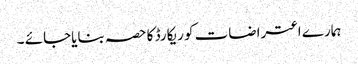
ہمارے اعتراضات کو ریکارڈ کا حصہ بنایاجائے ۔